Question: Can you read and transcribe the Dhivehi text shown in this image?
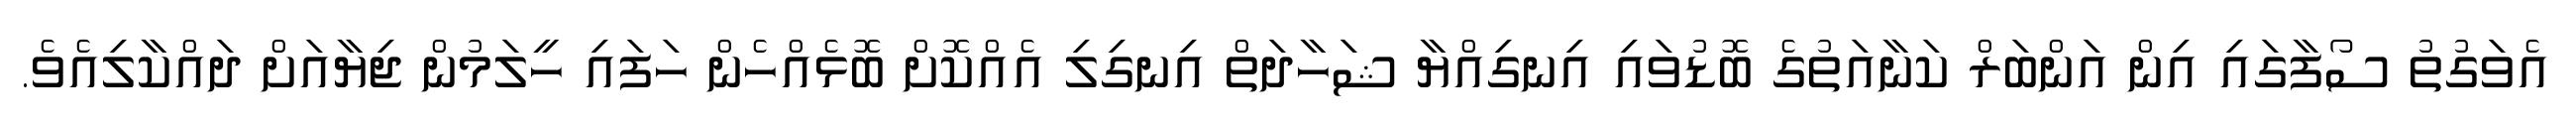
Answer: އެވަގުތު ސޯފާގައި އިން އަންބަރް ކަނާއަތުގެ ބޮޑުވައި އިނގިއްޔާ ޝަހާދަތް އިނގިލި އެއްކޮށް ބޮޅެއްހެން ހަފައި ހީލަމުން ޖިޔާއަށް ދައްކާލިއެވެ.